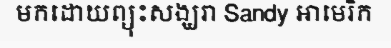
មកដោយព្យុះសង្ឃរា Sandy អាមេរិក